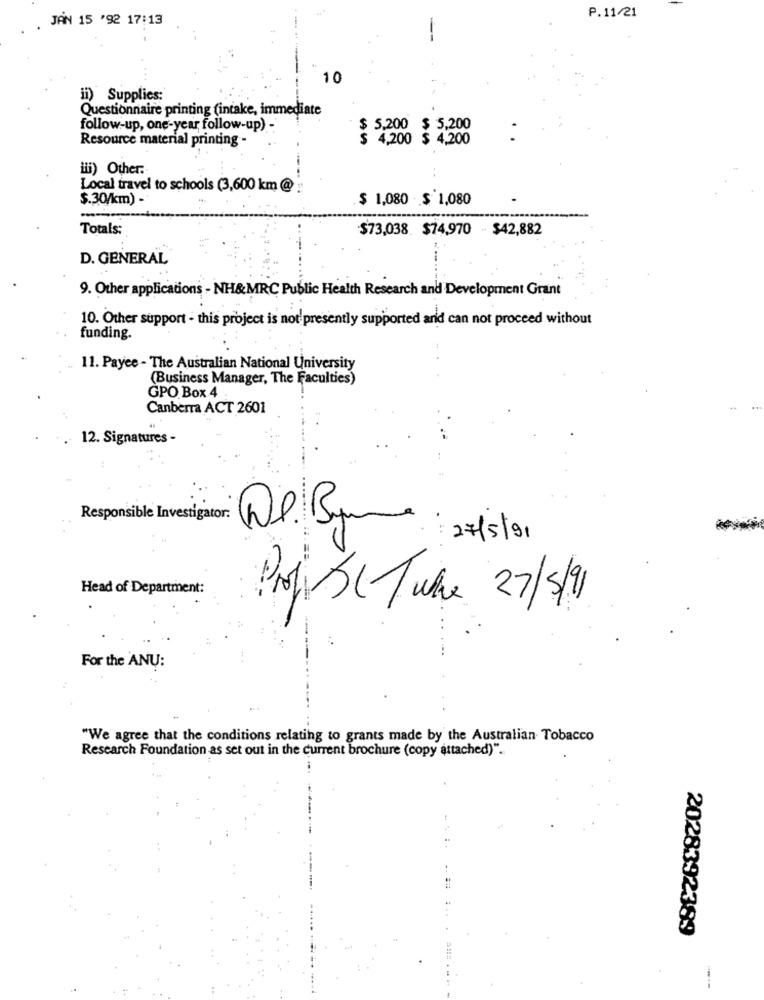
JAN 15 '92 17:13
P.11/21
10
ii) Supplies:
Questionnaire printing (intake, immediate
follow-up, one-year follow-up) -
$ 5,200
$ 5,200
Resource material printing -
$ 4,200 $ 4,200
iii) Other.
Local travel to schools (3,600 km @)
$.30/km) -
$ 1,080 $ 1,080
Totals:
$73,038. $74,970 - $42,882
D. GENERAL
9. Other applications - NH&MRC Public Health Research and Development Grant
10. Other support - this project is not'presently supported and can not proceed without
funding.
11. Payee - The Australian National University
(Business Manager, The Faculties)
GPO Box 4
Canberra ACT 2601
. 12. Signatures -
Responsible Investigator:
: 27/5/91
Head of Department:
Profil Juke 27/91
For the ANU:
"We agree that the conditions relating to grants made by the Australian Tobacco
Research Foundation as set out in the current brochure (copy attached)".
2028392389
i